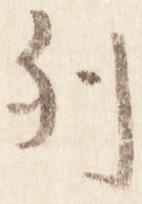
列